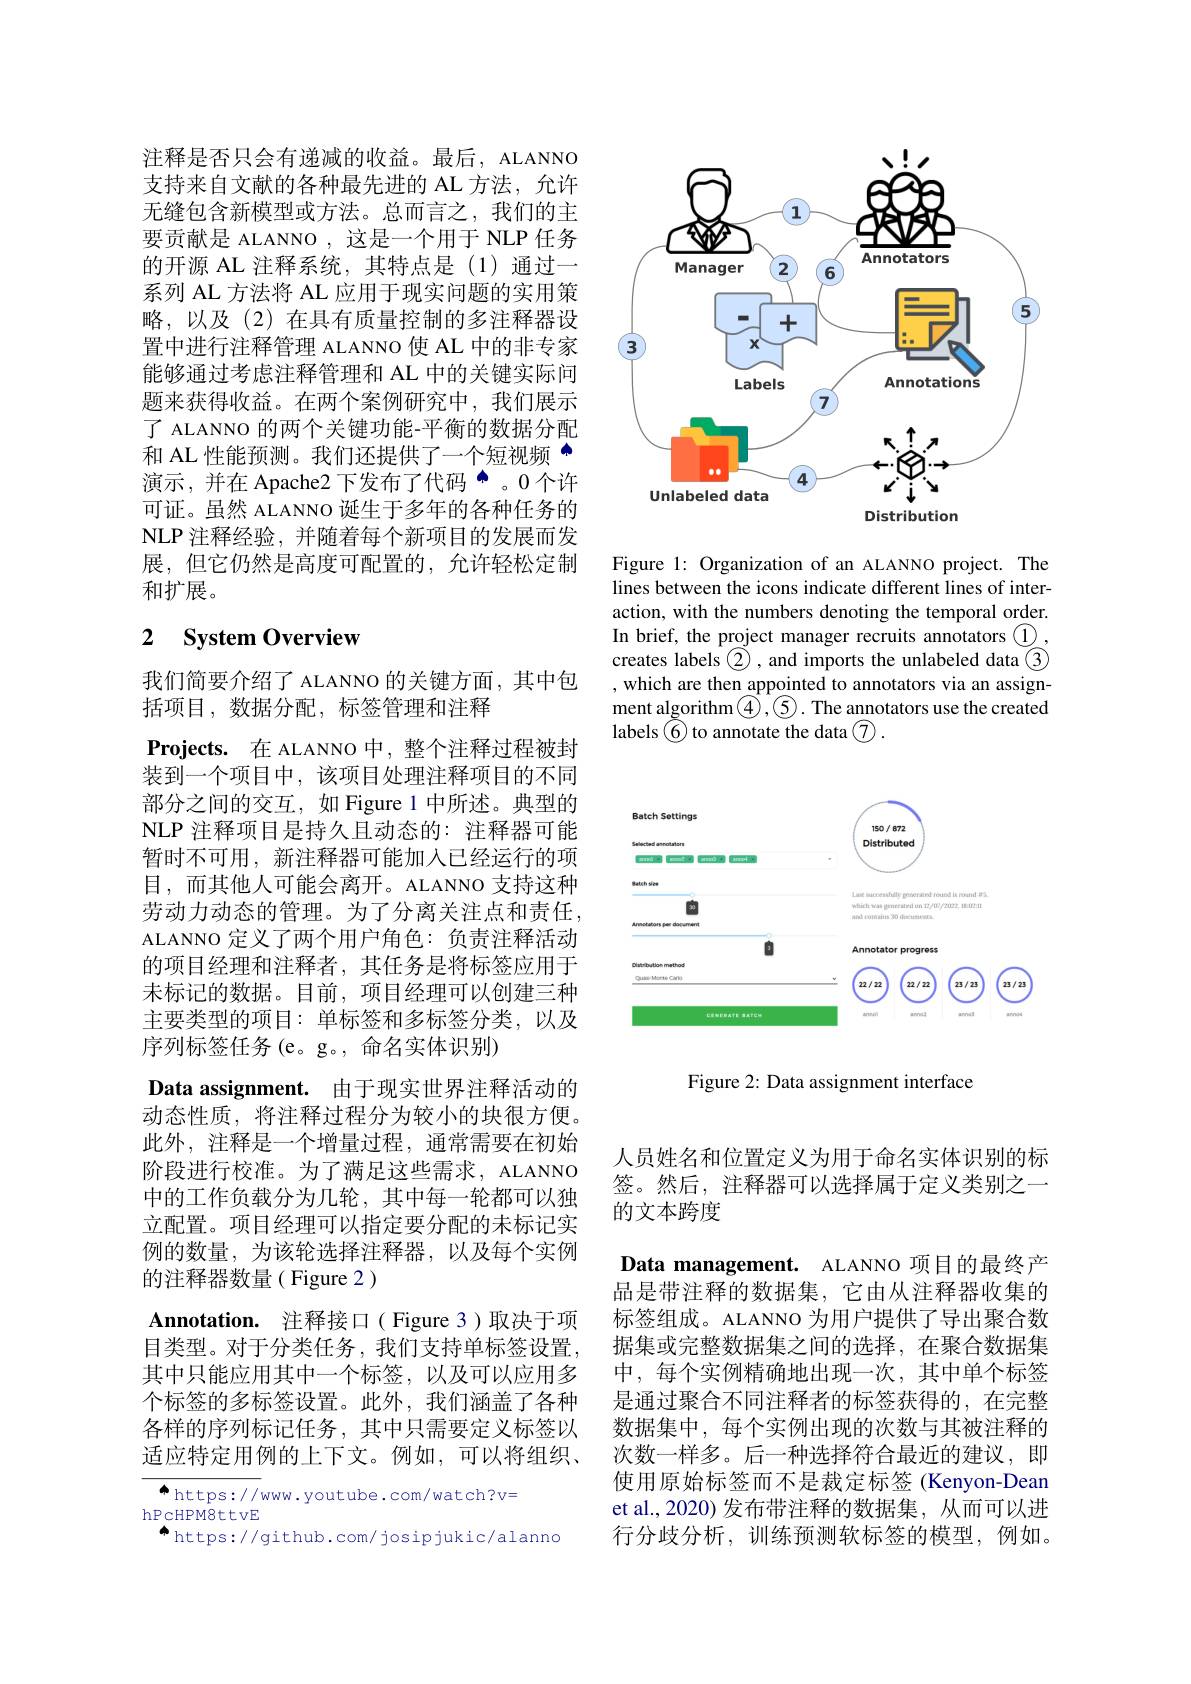
注释是否只会有递减的收益。最后，ALANNO 支持来自文献的各种最先进的 AL 方法，允许无缝包含新模型或方法。总而言之，我们的主要贡献是 ALANNO ,这是一个用于 NLP 任务的开源 AL 注释系统，其特点是(1)通过一系列 AL 方法将 AL 应用于现实问题的实用策略，以及(2)在具有质量控制的多注释器设置中进行注释管理 ALANNO 使 AL 中的非专家能够通过考虑注释管理和 AL 中的关键实际问题来获得收益。在两个案例研究中，我们展示了 ALANNO 的两个关键功能-平衡的数据分配$\dot{\text{和 AL 性能预测。我们还提供了一个短视频}}^{\textcircled{\mathrm{m}}}$ 演示，并在 Apache2 下发布了代码 。0个许可证。虽然 ALANNO 诞生于多年的各种任务的NLP 注释经验，并随着每个新项目的发展而发展，但它仍然是高度可配置的，允许轻松定制和扩展。

# 2 System Overview

我们简要介绍了 ALANNO 的关键方面，其中包
括项目，数据分配，标签管理和注释
Projects. 在 ALANNO 中，整个注释过程被封装到一个项目中，该项目处理注释项目的不同部分之间的交互，如 Figure 1 中所述。典型的NLP 注释项目是持久且动态的：注释器可能暂时不可用，新注释器可能加入已经运行的项目，而其他人可能会离开。ALANNO 支持这种劳动力动态的管理。为了分离关注点和责任， ALANNO 定义了两个用户角色：负责注释活动的项目经理和注释者，其任务是将标签应用于未标记的数据。目前，项目经理可以创建三种主要类型的项目：单标签和多标签分类，以及序列标签任务 (e。g。, 命名实体识别)
Data assignment. 由于现实世界注释活动的动态性质，将注释过程分为较小的块很方便。此外，注释是一个增量过程，通常需要在初始阶段进行校准。为了满足这些需求，ALANNO 中的工作负载分为几轮，其中每一轮都可以独立配置。项目经理可以指定要分配的未标记实例的数量，为该轮选择注释器，以及每个实例的注释器数量( Figure 2 )
Annotation. 注释接口( Figure 3)取决于项目类型。对于分类任务，我们支持单标签设置， 其中只能应用其中一个标签，以及可以应用多个标签的多标签设置。此外，我们涵盖了各种各样的序列标记任务，其中只需要定义标签以适应特定用例的上下文。例如，可以将组织、 ${^{\spadesuit}\mathrm{https://www.youtube.com/watch?v=}}$
hPcHPM8ttvE

 https: / / github. com/ josipjukic/ alanno

<FigureHere>

Figure 1: Organization of an ALANNO project. The lines between the icons indicate different lines of interaction, with the numbers denoting the temporal order. In brief, the project manager recruits annotators $\textcircled{1}$, creates labels $\textcircled{2}$, and imports the unlabeled data $\textcircled{3}$ , which are then appointed to annotators via an assignment algorithm$\textcircled{4},\textcircled{5}.$ The annotators use the created labels $\tilde{6}$ to annotate the data $\textcircled{7}.$

<FigureHere>

Figure 2: Data assignment interface

人员姓名和位置定义为用于命名实体识别的标签。然后，注释器可以选择属于定义类别之一的文本跨度

Data management. ALANNO 项目的最终产品是带注释的数据集，它由从注释器收集的标签组成。ALANNO 为用户提供了导出聚合数据集或完整数据集之间的选择，在聚合数据集中，每个实例精确地出现一次，其中单个标签是通过聚合不同注释者的标签获得的，在完整数据集中，每个实例出现的次数与其被注释的次数一样多。后一种选择符合最近的建议，即使用原始标签而不是裁定标签 (Kenyon-Dean et al.,2020) 发布带注释的数据集，从而可以进行分歧分析，训练预测软标签的模型，例如。